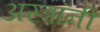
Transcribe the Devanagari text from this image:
अस्त्रांनी